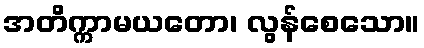
အတိက္ကာမယတော၊ လွန်စေသော။